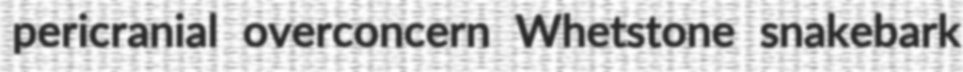
pericranial overconcern Whetstone snakebark